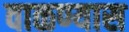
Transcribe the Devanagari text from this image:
वाळण्यास